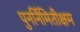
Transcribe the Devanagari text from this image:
पुनर्निमितीक्षम